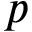
p